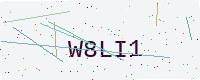
Text: W8LI1